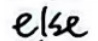
else